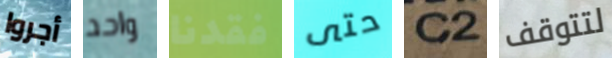
أجروا واحد فقدنا حتى C2 لتتوقف